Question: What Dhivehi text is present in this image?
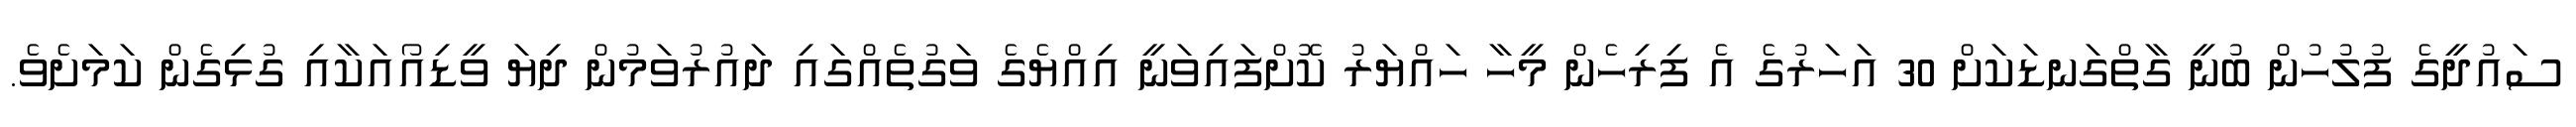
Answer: ސައުދީގެ ފުލުހުން ބުނީ ގާތްގަނޑަކަށް 30 އަހަރުގެ އެ ފިރިހެން މީހާ ހައްޔަރު ކޮށްފައިވަނީ އިއްޔެގެ ވަގުތެއްގައި ދައުރުވަމުން ދިޔަ ވީޑިއޯއަކާއި ގުޅިގެން ކަމަށެވެ.